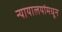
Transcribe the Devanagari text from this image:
न्यायालयांमधून